Report on vaccination in Madras 1922-1929 - 1922-1929
Year: 1922
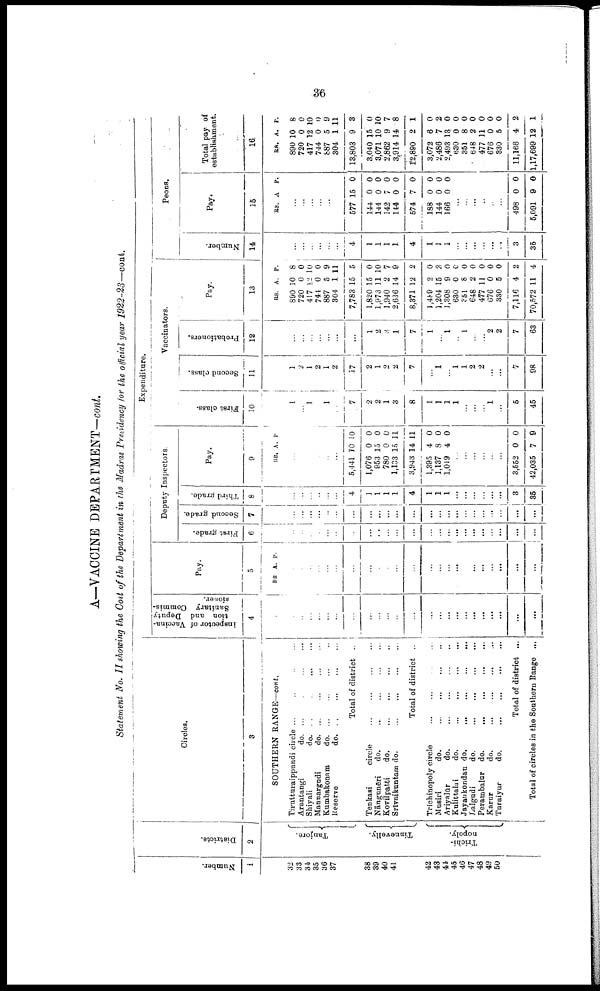
36
A—VACCINE DEPARTMENT—cont.
Statement No. II showing the Cost of the Department in the Madras Presidency for the official year 1922-23—cont.
Number.
1
32
33
34
35
36
37
38
39
40
41
42
48
44
45
46
47
48
49
50
Districts.
2
Tanjore.
Tinnevelly.
Trichi¬
nopoly.
Circles.
3
SOUTHERN RANGE—cont.
Tirutturaippundi circle ...
...
...
...
Arantangi
do.
...
...
...
...
Shiyali
do.
...
...
...
...
Mannargudi
d
o
. ... ... ... ...
Kumbakonam.
do. ... ... ... ...
Reserve
do. ... ... ... ...
Total of district ...
Tenkasi
circle
...
...
...
...
Nāngunēri
do.
... ... ... ...
Kovilpatti
do. ... ... ... ...
Srīvaikuntam do. ... ... ... ...
Total of district ...
Trichinopoly circle
...
...
...
...
Musiri
do.
...
...
...
...
Ariyalūr
do.
...
...
...
...
Kalittalai
do.
...
...
...
...
Jayaukondan do.
...
...
...
...
Lalgudi
do.
...
...
...
...
Perambalur do.
...
...
...
...
Karur
do.
...
...
...
...
Turaiyur
do.
...
...
...
...
Total of district ...
Total of circles in the Southern Range ...
Expenditure.
Inspector of Vaccina
tion and Deputy
Sanitary Commis¬
sioner.
4
...
...
...
...
...
...
...
...
...
...
...
...
...
...
...
...
...
...
...
...
...
...
...
Pay.
5
RS. A. P.
...
...
...
...
...
...
...
...
...
...
...
...
...
...
...
...
...
...
...
...
...
...
...
Deputy Inspectors.
First grade.
6
...
...
...
...
...
...
...
...
...
...
...
...
...
...
...
...
...
...
...
...
...
...
...
Second grade.
7
...
...
...
...
...
...
...
...
...
...
...
...
...
...
...
...
...
...
...
...
...
...
...
Third grade.
8
...
...
...
...
...
...
4
1
1
1
1
4
1
1
1
...
...
...
...
...
...
3
35
Pay.
9
RS. A. P.
...
...
...
...
...
...
5,441
1,076
953
780
1,133
3,943
1,395
1,137
1,019
10
0
15
0
15
14
4
8
4
10
0
0
0
11
11
0
0
0
...
...
...
...
...
...
3,552
42,035
0
7
0
9
Vaccinators.
First class.
10
1
...
1
...
1
...
7
2
2
1
3
8
1
1
1
1
...
...
...
1
...
5
45
Second class.
11
1
2
1
2
1
2
17
2
1
2
2
7
...
1
...
1
1
2
2
...
...
7
98
Probationers.
12
...
...
...
...
...
...
...
1
2
3
1
7
1
...
1
...
1
...
...
2
2
7
68
Pay.
13
RS.
890
720
417
744
887
304
7,783
1,820
1,973
1,940
2,636
8,371
1,489
1,204
1,308
630
351
648
477
676
330
7,116
70,572
A.
10
0
12
0
5
1
15
15
11
2
14
12
2
15
9
0
8
2
11
0
5
4
11
P.
8
0
10
0
9
11
5
0
10
7
9
2
0
2
0
0
0
0
0
0
0
2
4
Peons.
Number.
14
...
...
...
...
...
...
4
1
1
1
1
4
1
1
1
...
...
...
...
...
...
3
35
Pay.
15
RS. A P.
...
...
...
...
...
...
577
144
144
142
144
574
188
144
166
15
0
0
7
0
7
0
0
0
0
0
0
0
0
0
0
0
0
...
...
...
...
...
...
498
5,091
0
9
0
0
Total pay of
establishment.
16.
RS.
890
720
417
744
887
304
18,803
3,040
3,071
2,862
3,914
12,890
3,072
2,486
2,493
630
851
648
477
676
330
11,166
1,17,699
A.
10
0
12
0
5
1
9
15
10
9
14
2
6
7
13
0
8
2
11
0
5
4
12
P.
8
0
10
0
9
11
3
0
10
7
8
1
0
2
0
0
0
0
0
0
0
2
1